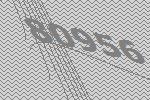
80956